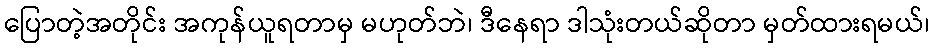
ပြောတဲ့အတိုင်း အကုန်ယူရတာမှ မဟုတ်ဘဲ၊ ဒီနေရာ ဒါသုံးတယ်ဆိုတာ မှတ်ထားရမယ်၊